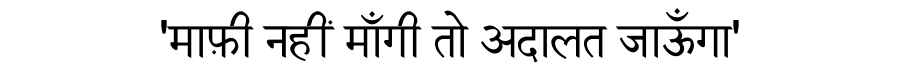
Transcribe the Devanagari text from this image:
'माफ़ी नहीं माँगी तो अदालत जाऊँगा'